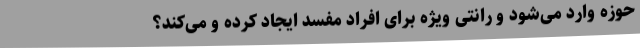
حوزه وارد می‌شود و رانتی ویژه برای افراد مفسد ایجاد کرده و می‌کند؟